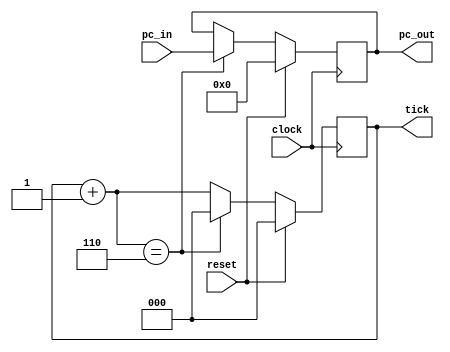
module pcTick(input clock, reset, input [31:0] pc_in, output [31:0] pc_out, output reg [2:0] tick);
  reg [31:0] pc;
  always @(posedge clock) begin
    if (reset) begin
      pc = 0;
      tick = 0;
    end else begin
      tick = tick+1;
      if (tick == 6) begin
        tick = 0;
        pc = pc_in;
      end
      $monitor("%4dns %8x %1x", $stime, pc, tick);
    end
  end
  assign pc_out = pc;
endmodule

module alu(input [31:0] a, input [31:0] b, input [3:0] op, output reg [31:0] y);
parameter [3:0] PASS=4'h2, ADD=4'h3, SUB=4'h4, MUL=4'h5, DIV=4'h6, AND=4'h8, OR=4'h9, XOR=4'hA, SHL=4'hE, SHR=4'hF; // ALU BX
always@(a or b or op) begin
  case(op)
    PASS:y = a;
    ADD: y = a + b;
    SUB: y = a - b;
    MUL: y = a * b;
    DIV: y = a / b;
    AND: y = a & b;
    OR : y = a | b;
    XOR: y = a ^ b;
    SHL: y = a << b;
    SHR: y = a >> b;
  endcase
end
endmodule

module main;
reg clock;
reg reset;
wire [2:0] tick;
wire [31:0] pc_in, pc_out;

pcTick DUT (clock, reset, pc_in, pc_out, tick);
alu alu0(pc_out, 4, alu0.ADD, pc_in);

initial
begin
  clock = 0;
  reset = 1;
  #100 reset=0;
  #2000 $finish;
end

always #50 clock=clock+1;
endmodule